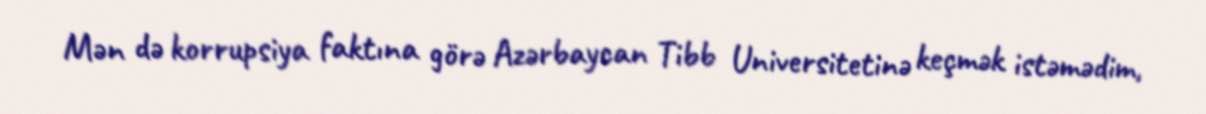
Mən də korrupsiya faktına görə Azərbaycan Tibb Universitetinə keçmək istəmədim,